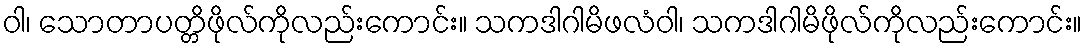
ဝါ၊ သောတာပတ္တိဖိုလ်ကိုလည်းကောင်း။ သကဒါဂါမိဖလံဝါ၊ သကဒါဂါမိဖိုလ်ကိုလည်းကောင်း။